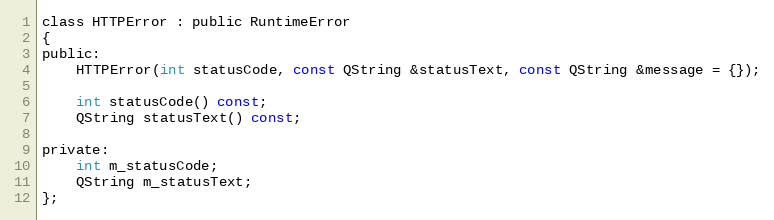
Language: C
class HTTPError : public RuntimeError
{
public:
    HTTPError(int statusCode, const QString &statusText, const QString &message = {});

    int statusCode() const;
    QString statusText() const;

private:
    int m_statusCode;
    QString m_statusText;
};